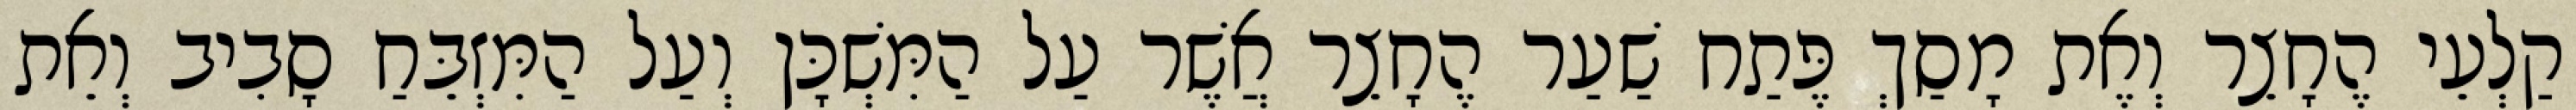
קַלְעֵי הֶחָצֵר וְאֶת מָסַךְ פֶּתַח שַׁעַר הֶחָצֵר אֲשֶׁר עַל הַמִּשְׁכָּן וְעַל הַמִּזְבֵּחַ סָבִיב וְאֵת